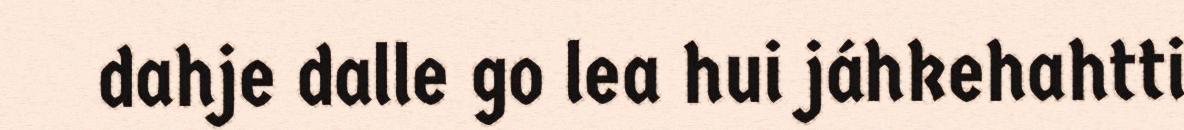
dahje dalle go lea hui jáhkehahtti